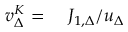
\begin{array} { r l } { v _ { \Delta } ^ { K } = } & { { } \ J _ { 1 , \Delta } / u _ { \Delta } } \end{array}